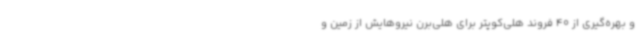
و بهره‌گیری از 40 فروند هلی‌کوپتر برای هلی‌برن نیروهایش از زمین و